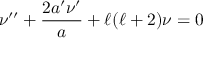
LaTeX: \nu ^ { \prime \prime } + \frac { 2 a ^ { \prime } \nu ^ { \prime } } { a } + \ell ( \ell + 2 ) \nu = 0